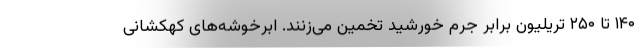
۱۴۰ تا ۲۵۰ تریلیون برابر جرم خورشید تخمین می‌زنند. ابرخوشه‌های کهکشانی